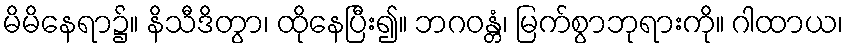
မိမိနေရာ၌။ နိသီဒိတွာ၊ ထိုနေပြီး၍။ ဘဂဝန္တံ၊ မြက်စွာဘုရားကို။ ဂါထာယ၊